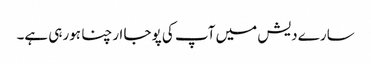
سارے دیش میں آپ کی پوجا ارچنا ہورہی ہے۔